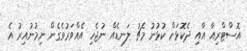
އޮސްޓްރިއާ އާއި ދެކޮޅަށް ކުޅުނު މެޗު ލަނޑެއް ނުޖެހި އެއްވަރުވެގެން ނިމުނުއިރު އެ